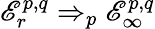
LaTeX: \mathscr{E}_{r}^{p,q}\Rightarrow_{p}\mathscr{E}_{\infty}^{p,q}